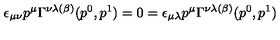
\epsilon _ { \mu \nu } p ^ { \mu } \Gamma ^ { \nu \lambda ( \beta ) } ( p ^ { 0 } , p ^ { 1 } ) = 0 = \epsilon _ { \mu \lambda } p ^ { \mu } \Gamma ^ { \nu \lambda ( \beta ) } ( p ^ { 0 } , p ^ { 1 } )